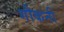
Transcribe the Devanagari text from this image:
गौकनी